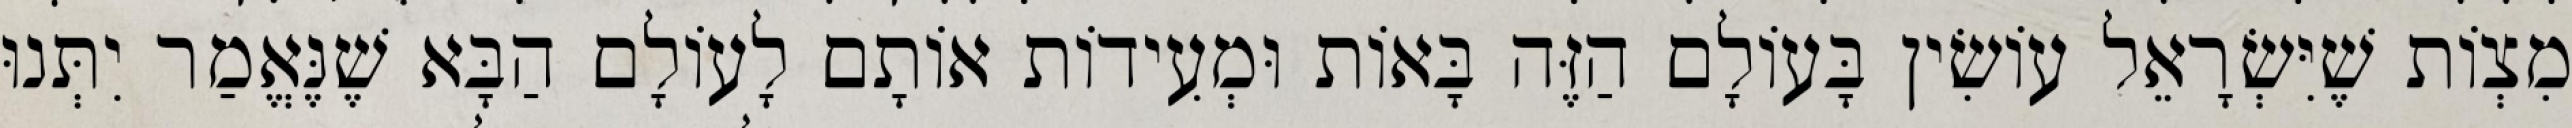
מִצְוֹת שֶׁיִּשְׂרָאֵל עוֹשִׂין בָּעוֹלָם הַזֶּה בָּאוֹת וּמְעִידוֹת אוֹתָם לָעוֹלָם הַבָּא שֶׁנֶּאֱמַר יִתְּנוּ